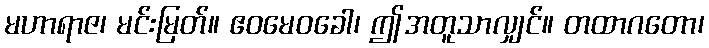
မဟာရာဇ၊ မင်းမြတ်။ ဧဝမေဝခေါ၊ ဤအတူသာလျှင်။ တထာဂတော၊